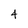
Character: 4